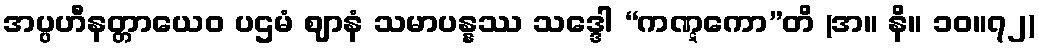
အပ္ပဟီနတ္တာယေဝ ပဌမံ ဈာနံ သမာပန္နဿ သဒ္ဒေါ “ကဏ္ဋကော”တိ (အ။ နိ။ ၁၀။၇၂)